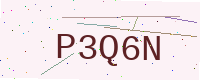
Text: P3Q6N